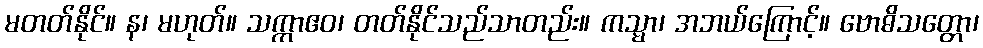
မတတ်နိုင်။ န၊ မဟုတ်။ သက္ကာဧဝ၊ တတ်နိုင်သည်သာတည်း။ ကသ္မာ၊ အဘယ်ကြောင့်။ ဗောဓိသတ္တော၊